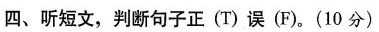
四、听短文,判断句子正(T)误(F).(10 分)